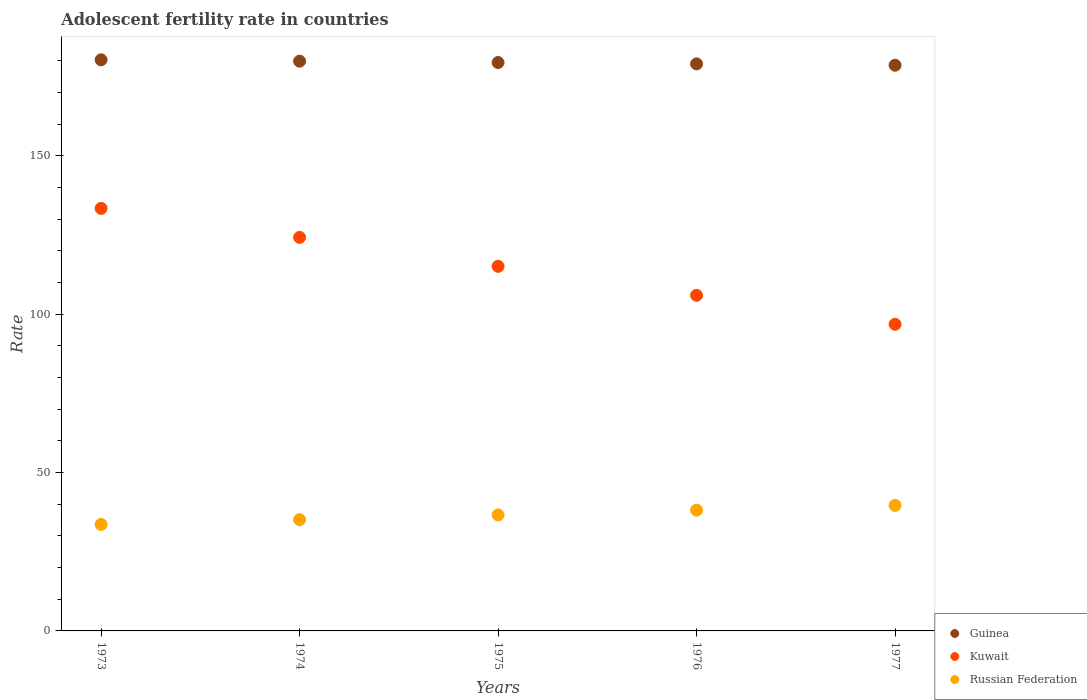
| Years | Guinea | Kuwait | Russian Federation |
 | --- | --- | --- | --- |
 | 1973 | 180 | 133 | 33.6 |
 | 1974 | 180 | 124 | 35.1 |
 | 1975 | 179 | 115 | 36.6 |
 | 1976 | 179 | 106 | 38.1 |
 | 1977 | 179 | 96.8 | 39.6 |